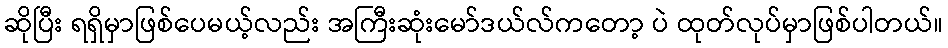
ဆိုပြီး ရရှိမှာဖြစ်ပေမယ့်လည်း အကြီးဆုံးမော်ဒယ်လ်ကတော့ ပဲ ထုတ်လုပ်မှာဖြစ်ပါတယ်။